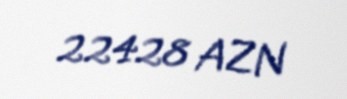
22428 AZN